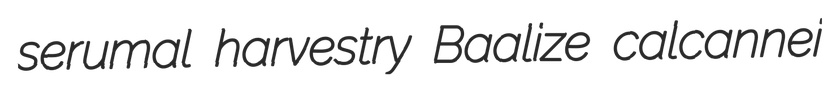
serumal harvestry Baalize calcannei